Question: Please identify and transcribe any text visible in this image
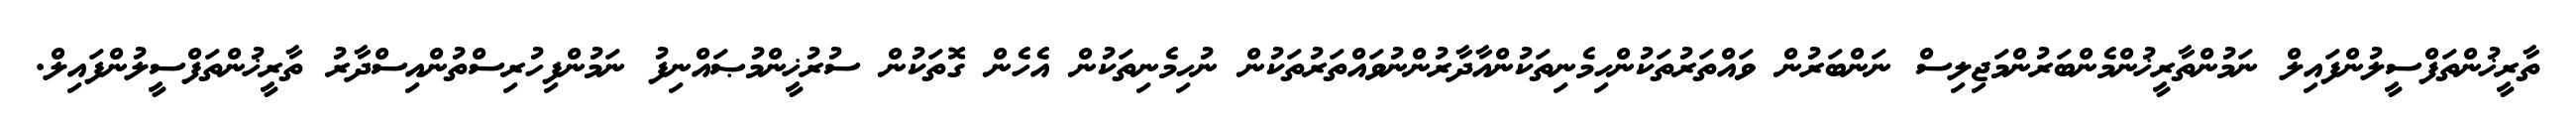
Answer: ތާރީޚުންތަފްސީލުންފައިލް ނަމުންތާރީޚުންމެންބަރުންމަޖިލިސް ނަންބަރުން ވައްތަރުތަކުންހިމެނިތަކުންއާދާރުންނުވައްތަރުތަކުން ނުހިމެނިތަކުން އެހެން ގޮތަކުން ސުރުޚީންމުޞައްނިފު ނަމުންފިހުރިސްތުންއިސްދާރު ތާރީޚުންތަފްސީލުންފައިލް.